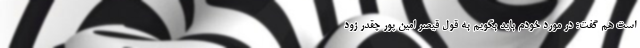
است هم گفت: در مورد خودم باید بگویم به قول قیصر امین پور چقدر زود